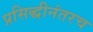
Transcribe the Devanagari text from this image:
प्रसिद्धीनंतरच